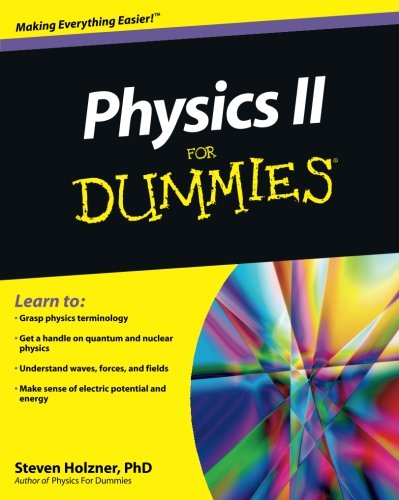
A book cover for Physics II For Dummies; Steven Holzner; Science & Math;